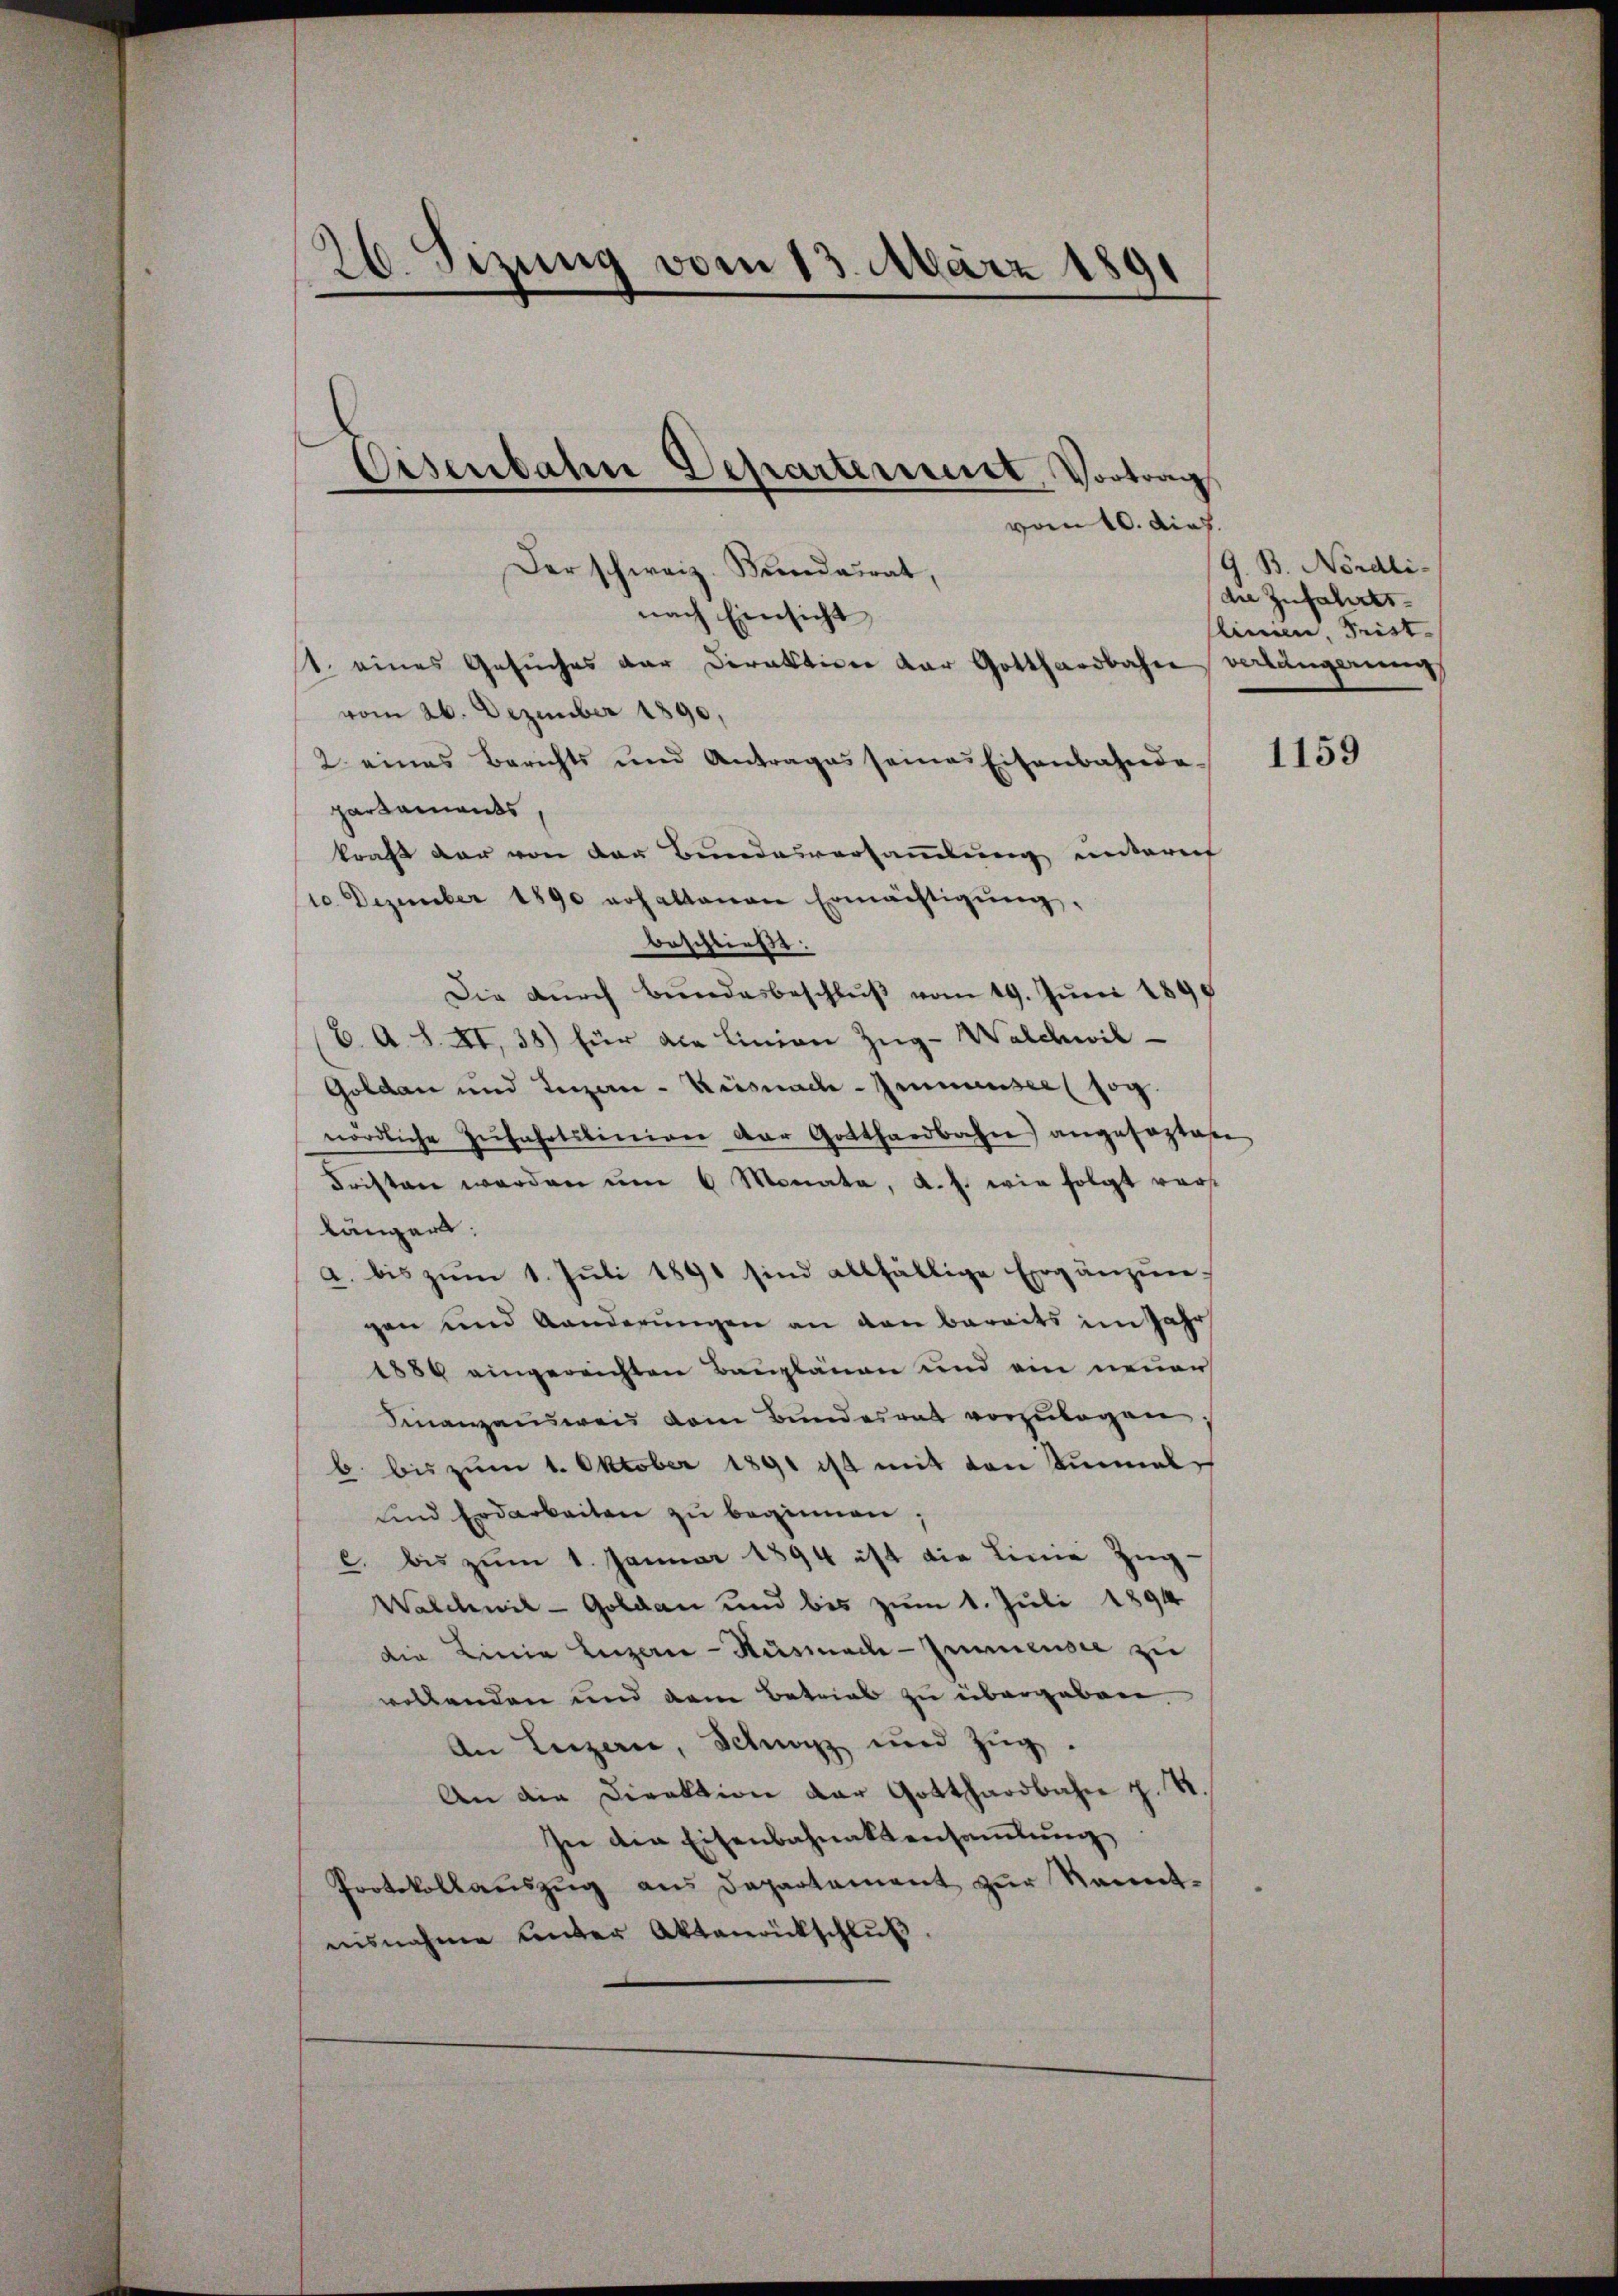
26. Sizung vom 13. März 1891

Der schweiz. Kundatrat,
nach Einsicht
t. eines Gesuches der Direktion der Gotthardbahn verlängerung
vom 26. Dezember 1890,
2 eines Berichts und Antrages seines Eisenbahnde-
pardaments
kraft dar von der Bundesversammlung unterref
10. Dezember 1890 erhaltenen Ermächtigŭng,
beschließt:
Die Dŭrch Bŭndesbeschlŭβ vom 19. Jŭni 1899
C. A. S. XI, 38) für die Linien Zŭg-Walchwil-
Goldau und Luzern - Wiesnach Genansee sog.
nördliche Zŭfahrtslinien der Gotthardbahne) angesaztasen
Fristen werden um 6 Monata, d. s. wie folgt vorlängers:
a. bis zŭm 1. Juli 1891 sind allfällige Ergänzungen und Anderungen an den Bereits im Jahr
1886 eingereichten Bauplänen und ein neuer
Finanzausweis dem Bundesrat vorzulegen
b. bis zum 1. Oktober 1891 ist mit den Sinnel
und Erdarbeiten zu beginnen;
c. bis zŭm 1. Januar 1894 ist die Linie Zŭg-
Walchwil-Goldan und bis zum 1. Juli 1894
die Linia Luzern - Hüsmade-Gemensee zu
wollenden und dem Betrieb zu übergeben.
An Luzern, Schwyz und Zŭg.
An die Direktion der Gotthardbahn z. R.
sie die Eisenbahnaktensamlung
Protokollauszug aus Departement zur Kenntesnahme unter Aktenrückschlŭβ

Eisenbahn Departement, Vortrag
vom 10. dies.

G. B. Nördli-
die Zufahrtslinien, Frist.

1159